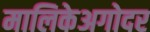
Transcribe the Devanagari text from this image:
मालिकेअगोदर